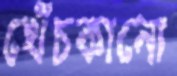
খেঁচকানো